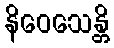
နိဝေသေန္တိ